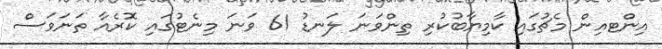
އިންޓއިން މެޗުގައި ކާމިޔާބުކުރި ތިންވަނަ ލަނޑު 61 ވަނަ މިނެޓުގައި ކޮރެއާ ތަނަވަސް